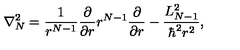
\nabla _ { N } ^ { 2 } = \frac { 1 } { r ^ { N - 1 } } \frac { \partial } { \partial r } r ^ { N - 1 } \frac { \partial } { \partial r } - \frac { L _ { N - 1 } ^ { 2 } } { \hbar ^ { 2 } r ^ { 2 } } ,